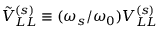
\tilde { V } _ { L L } ^ { ( s ) } \equiv ( \omega _ { s } / \omega _ { 0 } ) V _ { L L } ^ { ( s ) }